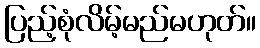
ပြည့်စုံလိမ့်မည်မဟုတ်။